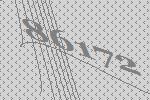
86172